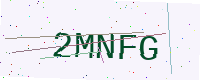
Text: 2MNFG